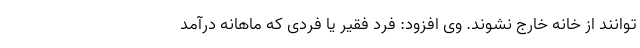
‌توانند از خانه خارج نشوند. وی افزود: فرد فقیر یا فردی که ماهانه درآمد